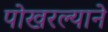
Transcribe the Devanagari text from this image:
पोखरल्याने